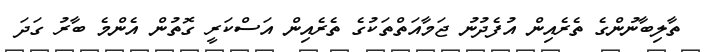
ތާލިބާނުންގެ ތެރެއިން އުފެދުނު ޖަމާއަތްތަކުގެ ތެރެއިން އަސްކަރީ ގޮތުން އެންމެ ބާރު ގަދަ